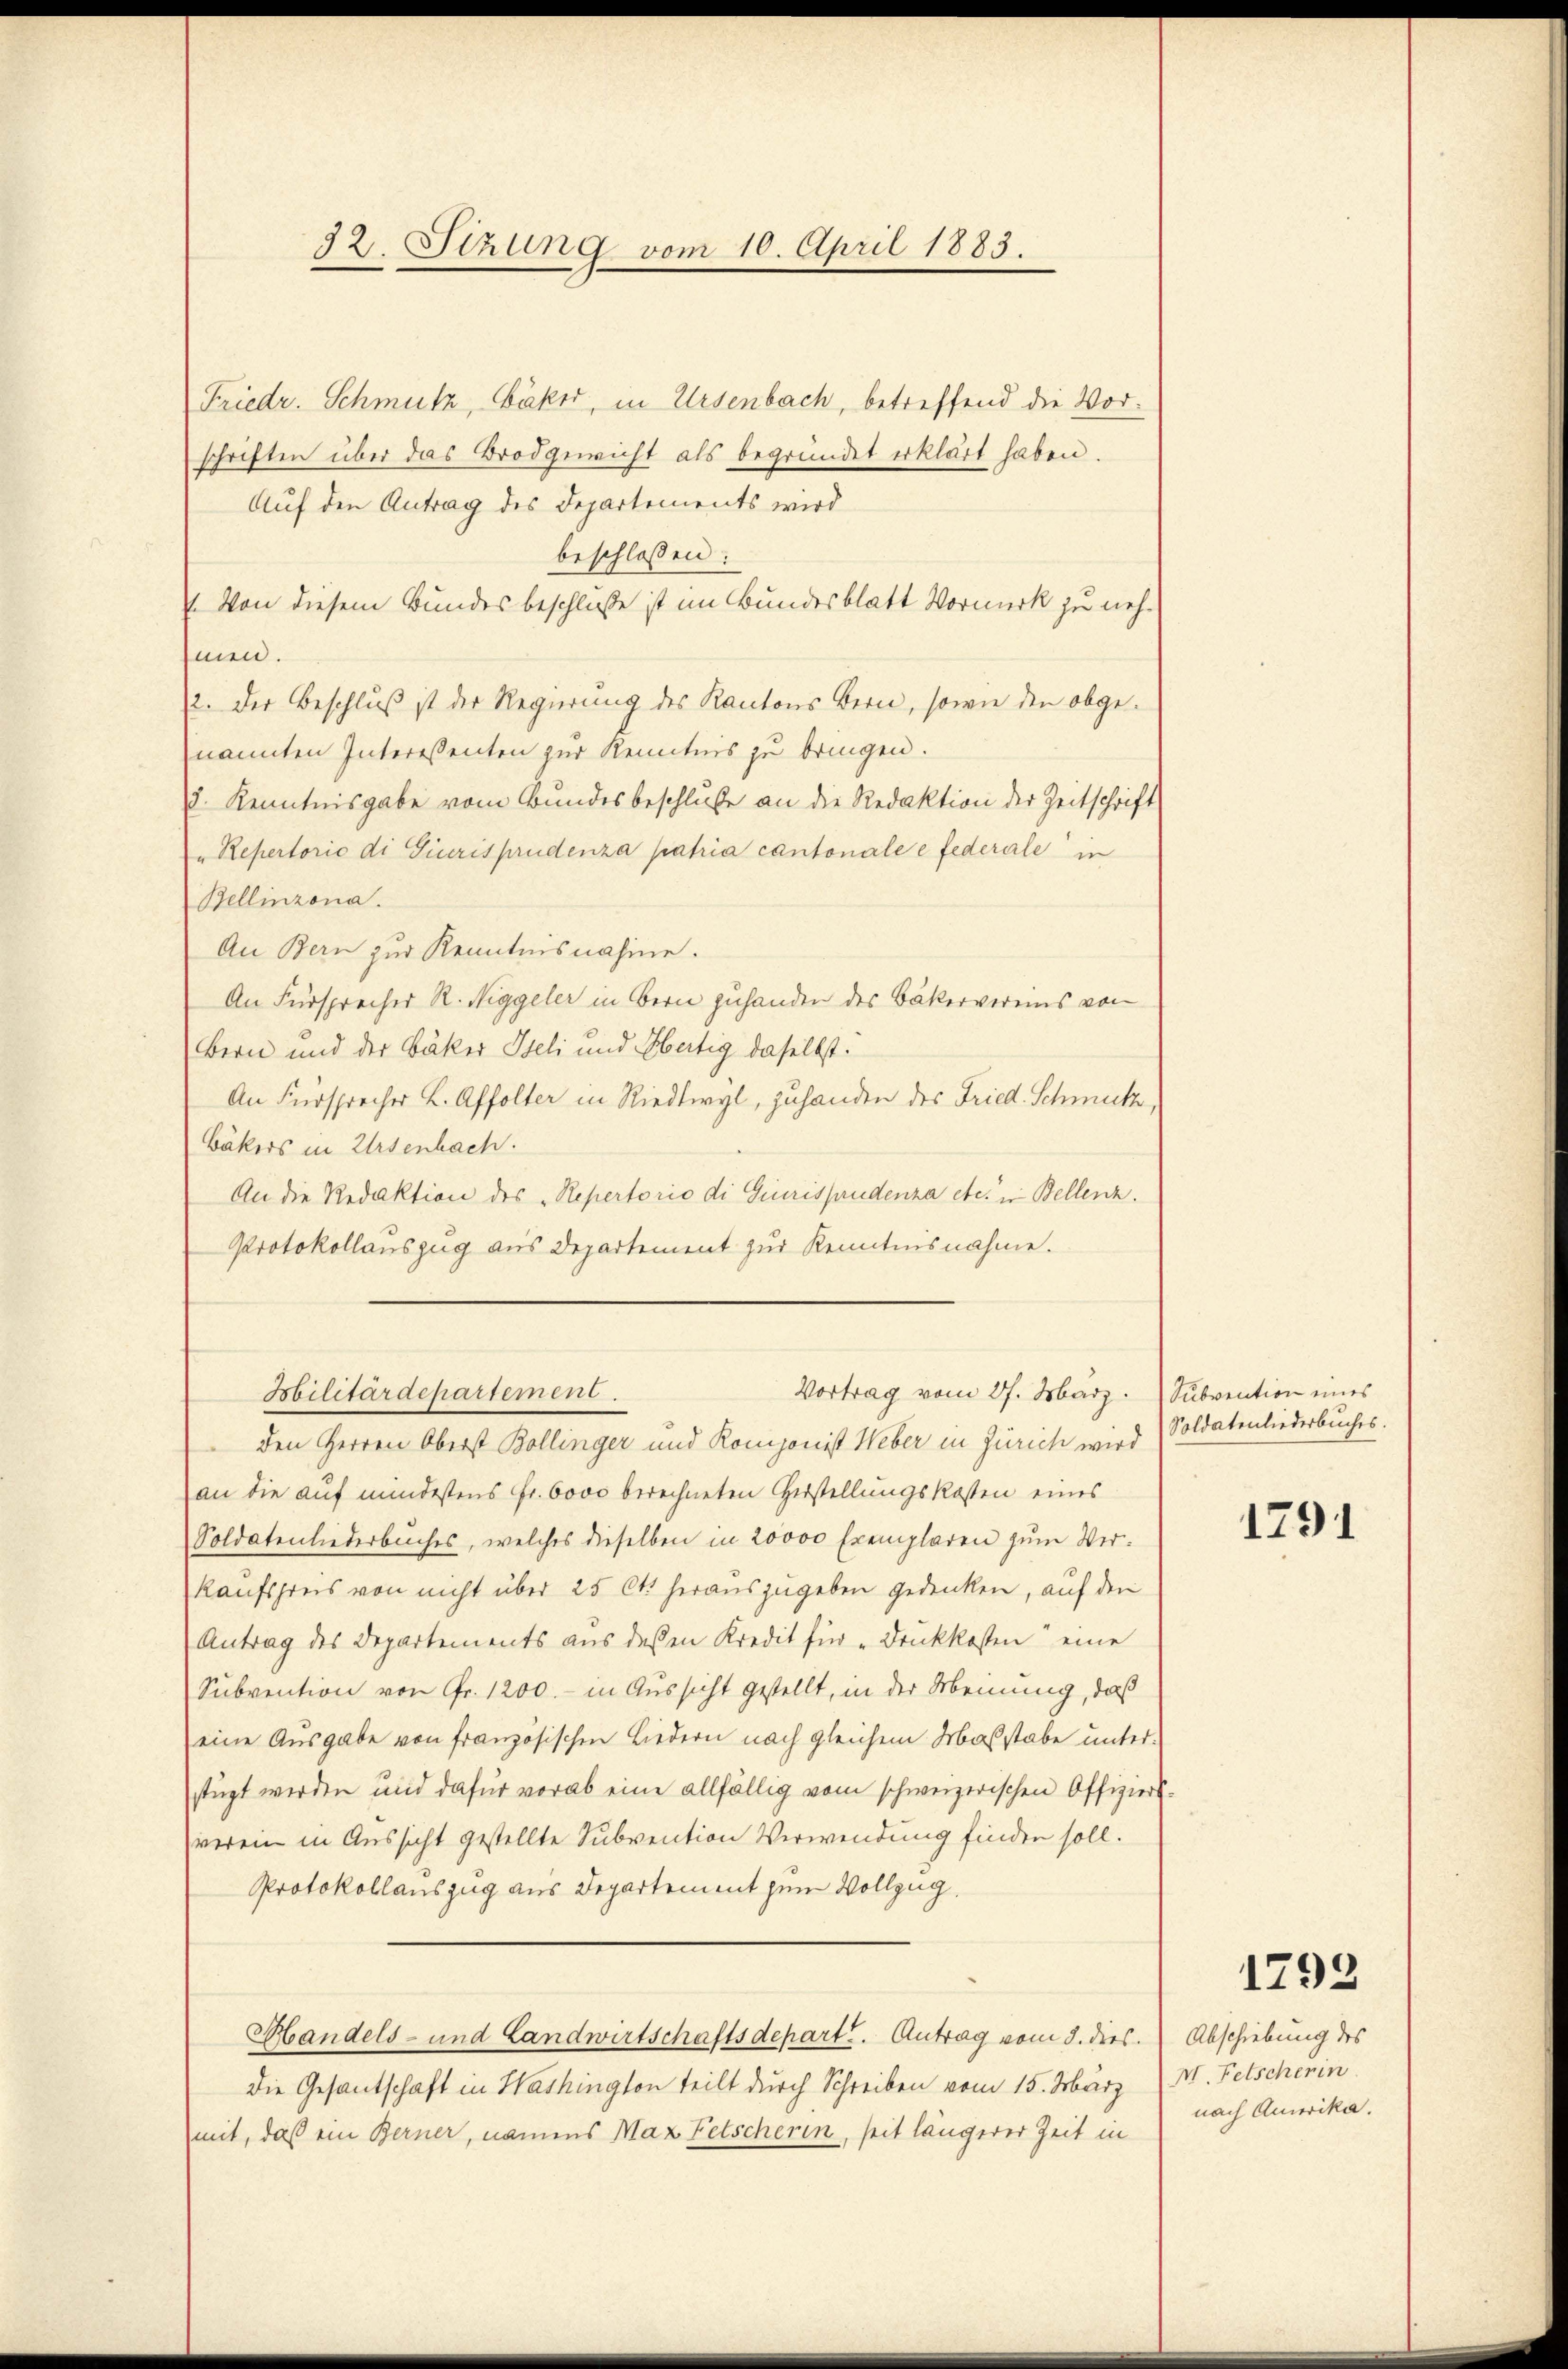
32. Stzung vom 10. April 1883.

Friedr. Schmutz, Bäker, in Ursenbach, betreffend die Vorschriften über das Brodgewicht als begründet erklärt haben.
Auf den Antrag des Departements wird
beschlossen:
7. Von diesem Bundesbeschluße ist im Bundesblatt Vormerk zu nehmen.
2. Der Beschluß ist der Regierung des Kantons Bern, sowie den abge-
nannten Interessenten zur Kenntnis zu bringen.
8. Kenntnisgabe vom Bundesbeschluße an die Redaktion der Zeitschrift
"Repertorio di Giurisprudenza patria cantonale e federale in
Bellinzona.
An Bern zur Kenntnisnahme.
An Fürsprecher R. Niggeler in Bern zuhanden des Bäkervereins von
Bern und der Bäker Iseli und Obertig daselbst.
An Fürsprecher L. Affolter in Riedtwyl, zuhanden des Fried. Schmutz,
Bäkers in Ursenbach.
An die Redaktion des „Repertorio di Giurisprudenza etc. in Bellenz.
Protokollauszug aus Departement zur Kenntnisnahme.
Vortrag vom 27. März. Subvention eines
Militärdepartement.
den Herren Oberst Bollinger und Komponist Weber in Zürich wird
an die auf mindestens Fr. 6000 berechneten Herstellungskosten eines
Soldatenliederbuches, welches dieselben in 20000 Exemplaren zum Ver¬
Kaufspreis von nicht über 25 Cts herauszugeben gedenken, auf den
Antrag des Departements aus dessen Kredit für „Druckkosten eine
Subvention von Fr. 1200.- in Aussicht gestellt, in der Arbeinung, daß
eine Ausgabe von französischen Liedern nach gleichem Maßstabe unter-
stüzt werden und dafür vorab eine allfällig vom schweizerischen Offizier-
verein in Aussicht gestellte Subvention Verwendung finden soll.
Protokollauszug aus Departement zum Vollzug.
Handels- und Landwirtschaftsdepart. Antrag vom 8. dies. Abschiebung des
Die Gesantschaft in Washington teilt durch Schreiben vom 15. März
mit, daß ein Berner, namens Max Fetscherin, seit längerer Zeit in

Soldatenliederbuches.

1791

1793

M. Fetscherin
nach Amerika.